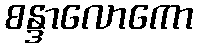
စန္ဒာလောကော